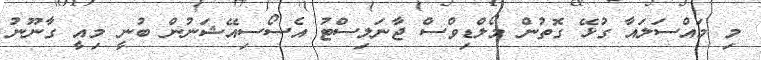
މި މައްސަލައާ ގުޅޭ ގޮތުން މޯލްޑިވްސް ޖާނަލިސްޓު އެސޯސިއޭޝަނުން ބުނީ މިއީ ގާނޫނު